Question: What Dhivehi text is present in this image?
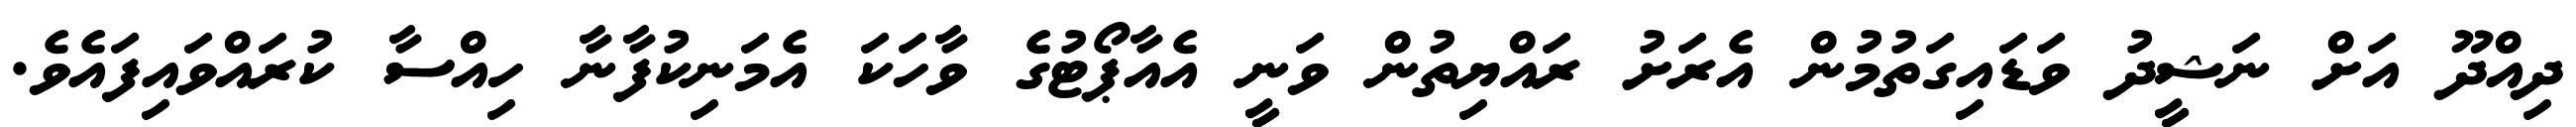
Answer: ދިއްދޫ އަށް ނަޝީދު ވަޑައިގަތުމުން އެރަށު ރައްޔިތުން ވަނީ އެއާޕޯޓުގެ ވާހަކަ އެމަނިކުފާނާ ހިއްސާ ކުރައްވައިފައެވެ.